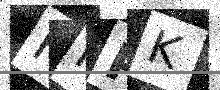
Text: FHPK